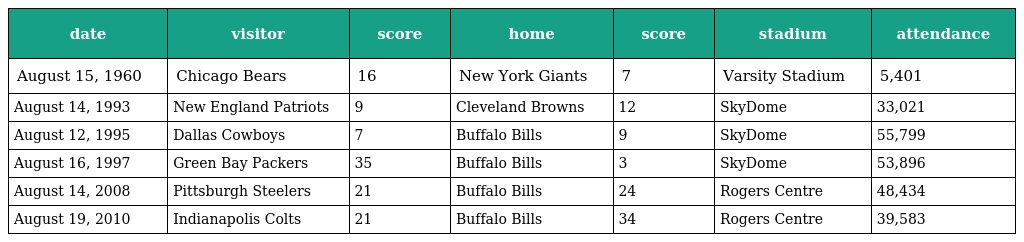
| date | visitor | score | home | score | stadium | attendance |
 | --- | --- | --- | --- | --- | --- | --- |
 | August 15, 1960 | Chicago Bears | 16 | New York Giants | 7 | Varsity Stadium | 5,401 |
 | August 14, 1993 | New England Patriots | 9 | Cleveland Browns | 12 | SkyDome | 33,021 |
 | August 12, 1995 | Dallas Cowboys | 7 | Buffalo Bills | 9 | SkyDome | 55,799 |
 | August 16, 1997 | Green Bay Packers | 35 | Buffalo Bills | 3 | SkyDome | 53,896 |
 | August 14, 2008 | Pittsburgh Steelers | 21 | Buffalo Bills | 24 | Rogers Centre | 48,434 |
 | August 19, 2010 | Indianapolis Colts | 21 | Buffalo Bills | 34 | Rogers Centre | 39,583 |